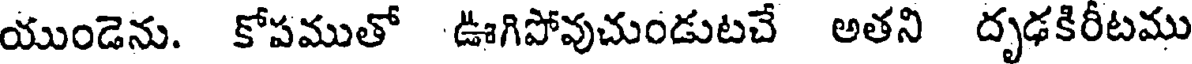
యుండెను. కోపముతో ఊగిపోవుచుండుటచే అతని దృఢకిరీటము